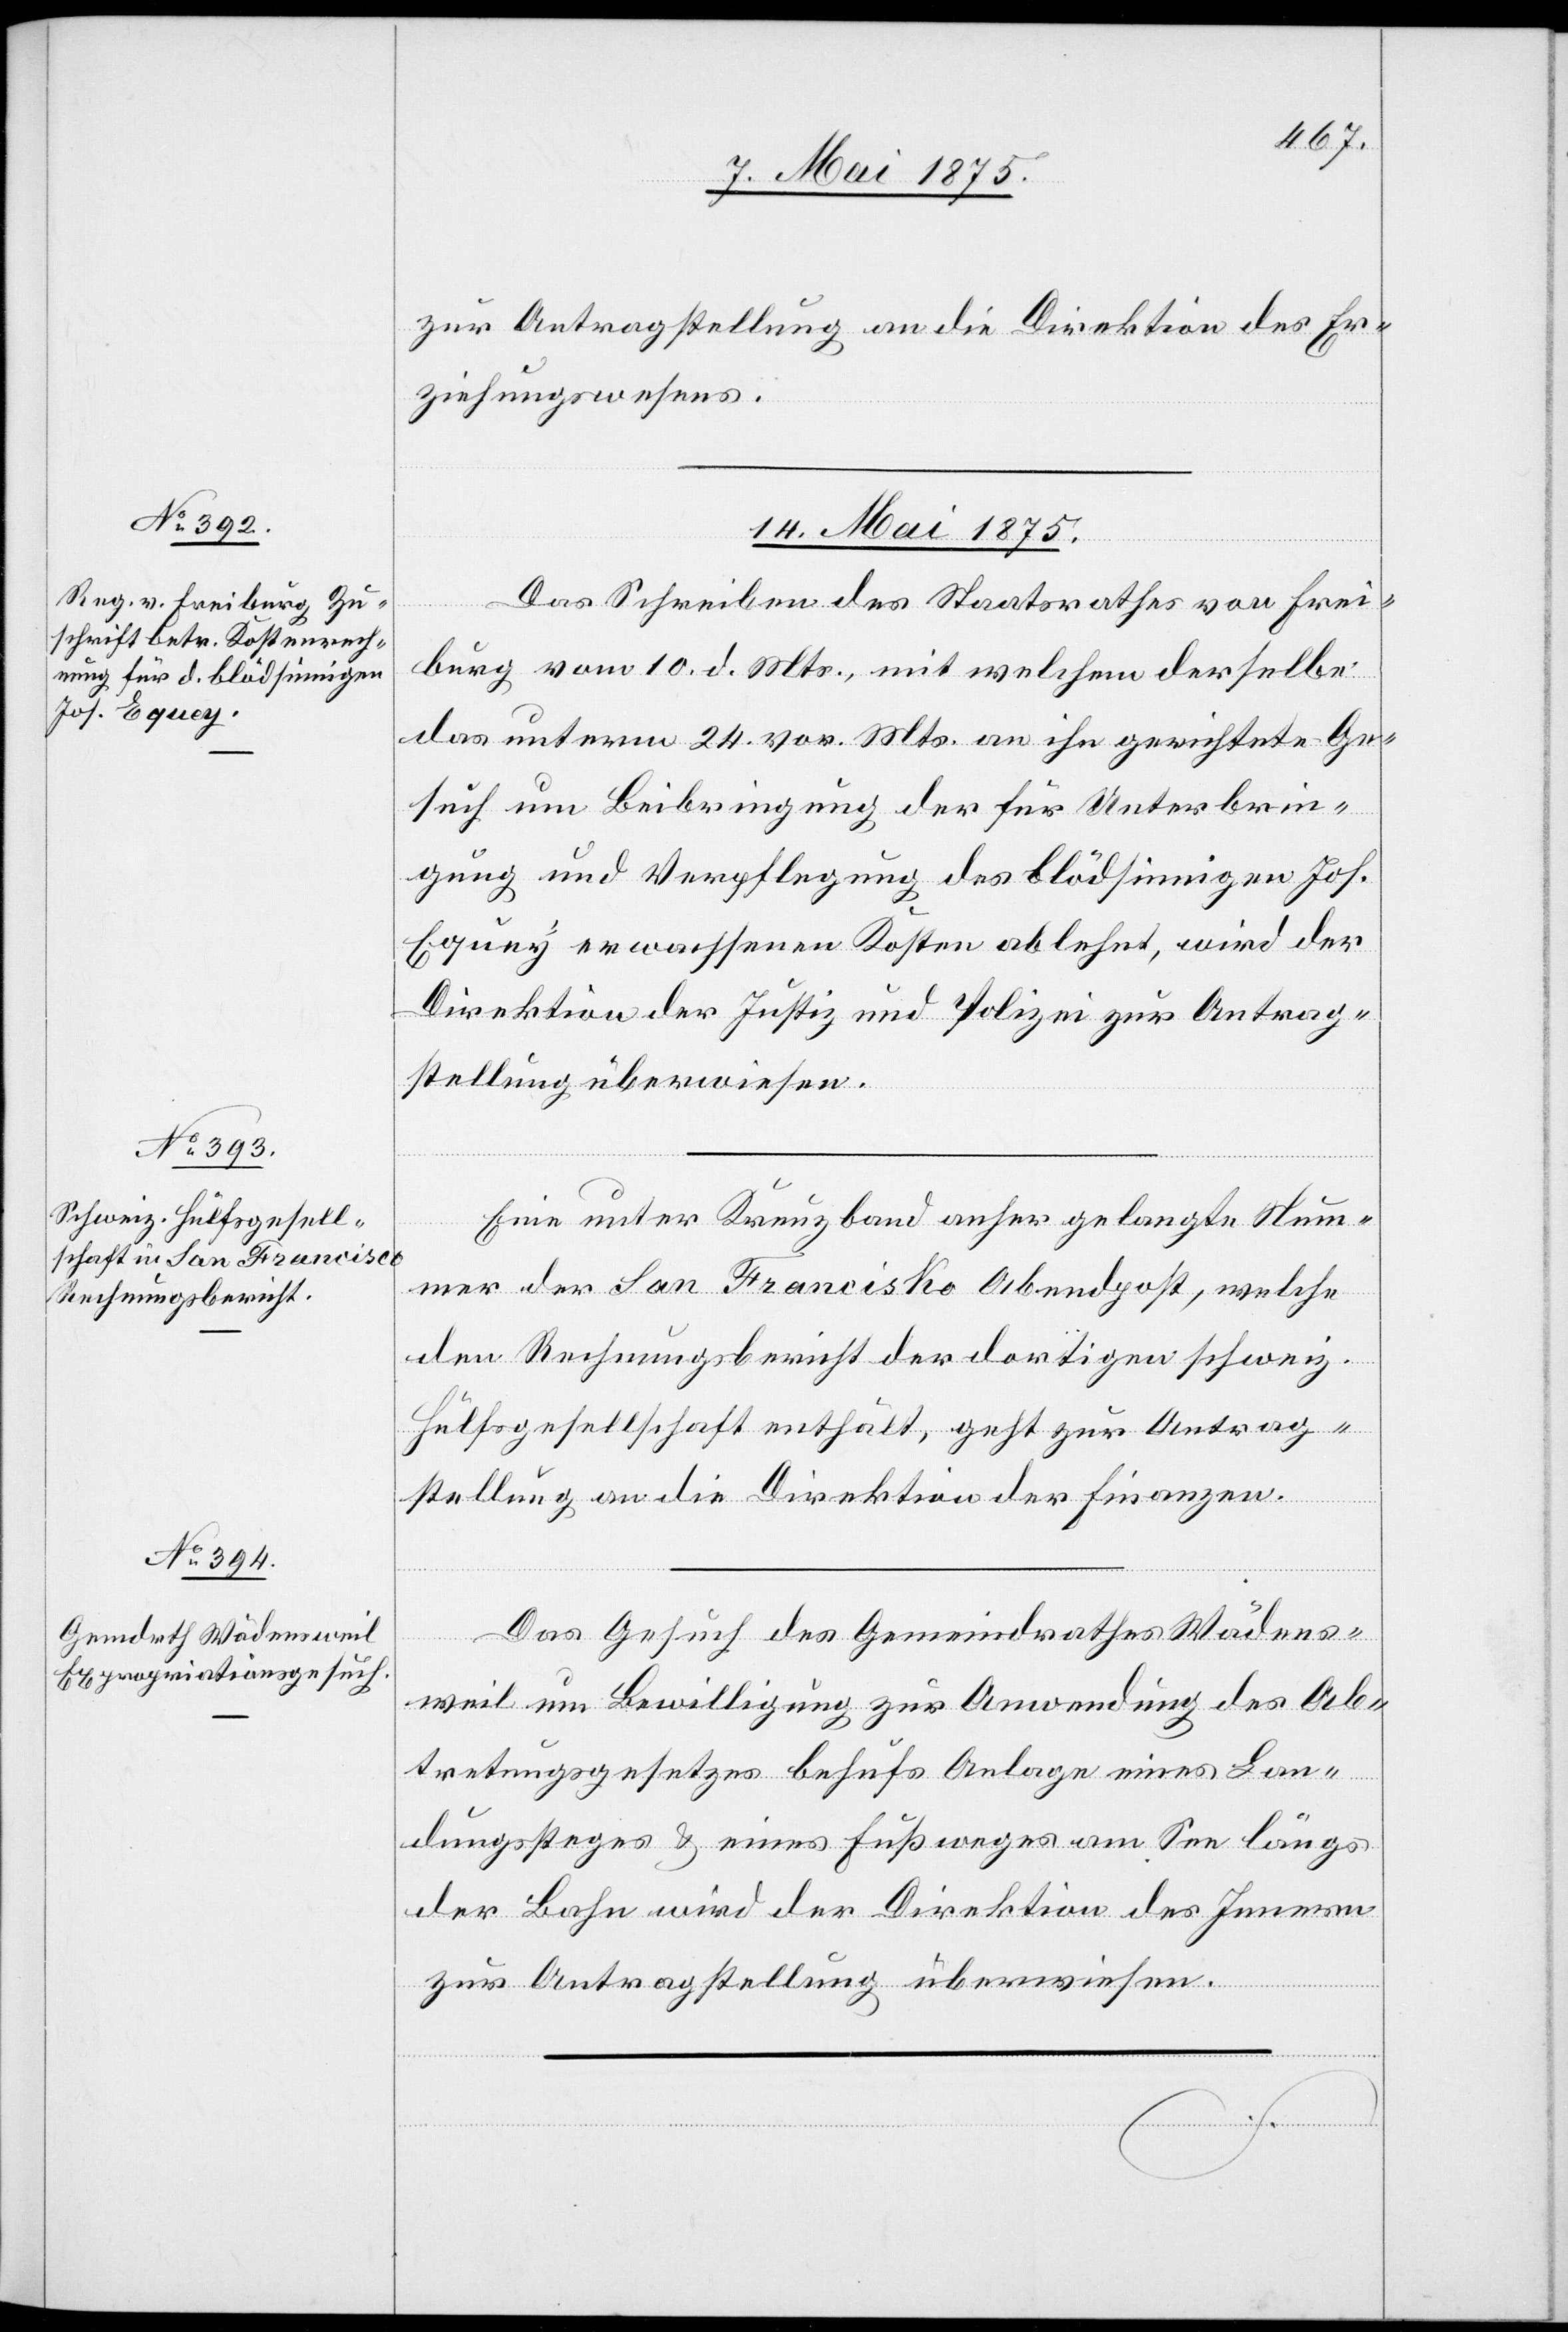
zur Antragstellung an die Direktion des Er¬
ziehungswesens.
14. Mai 1875.]
Das Schreiben des Staatsrathes von Frei¬
burg vom 10. d. Mts., mit welchem derselbe
das unterm 24. vor. Mts. an ihn gerichtete Ge¬
such um Beibringung der für Unterbrin¬
gung und Verpflegung des blödsinnigen Jos.
Equey erwachsenen Kosten ablehnt, wird der
Direktion der Justiz und Polizei zur Antrag¬
stellung überwiesen.
Eine unter Kreuzband anher gelangte Num¬
mer der San Franzcisko [sic!] Abendpost, welche
den Rechnungsbericht der dortigen schweiz.H¬
ülfsgesellschaft enthält, geht zur Antrag¬
stellung an die Direktion der Finanzen.
Das Gesuch des Gemeindrathes Wädens¬
weil um Bewilligung zur Anwendung des Ab¬
tretungsgesetzes behufs Anlage eines Lan¬
dungssteges & eines Fußweges am See längs
der Bahn wird der Direktion des Innern
zur Antragstellung überwiesen.